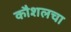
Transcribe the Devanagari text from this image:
कौशलचा